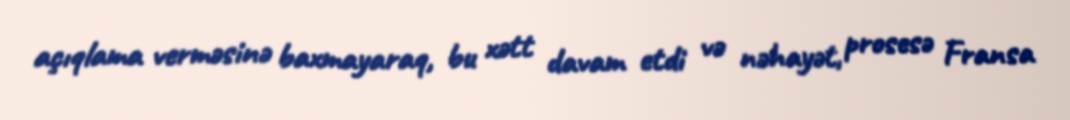
açıqlama verməsinə baxmayaraq, bu xətt davam etdi və nəhayət, prosesə Fransa